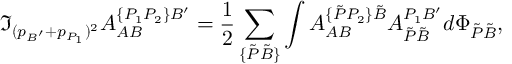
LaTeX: \Im _ { ( p _ { B ^ { \prime } } + p _ { P _ { 1 } } ) ^ { 2 } } { \cal A } _ { A B } ^ { \{ P _ { 1 } P _ { 2 } \} B ^ { \prime } } = \frac 1 { 2 } \sum _ { \{ \tilde { P } \tilde { B } \} } \int { \cal A } _ { A B } ^ { \{ \tilde { P } P _ { 2 } \} \tilde { B } } { \cal A } _ { \tilde { P } \tilde { B } } ^ { P _ { 1 } B ^ { \prime } } d \Phi _ { \tilde { P } \tilde { B } } ,